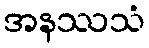
အနဿသံ